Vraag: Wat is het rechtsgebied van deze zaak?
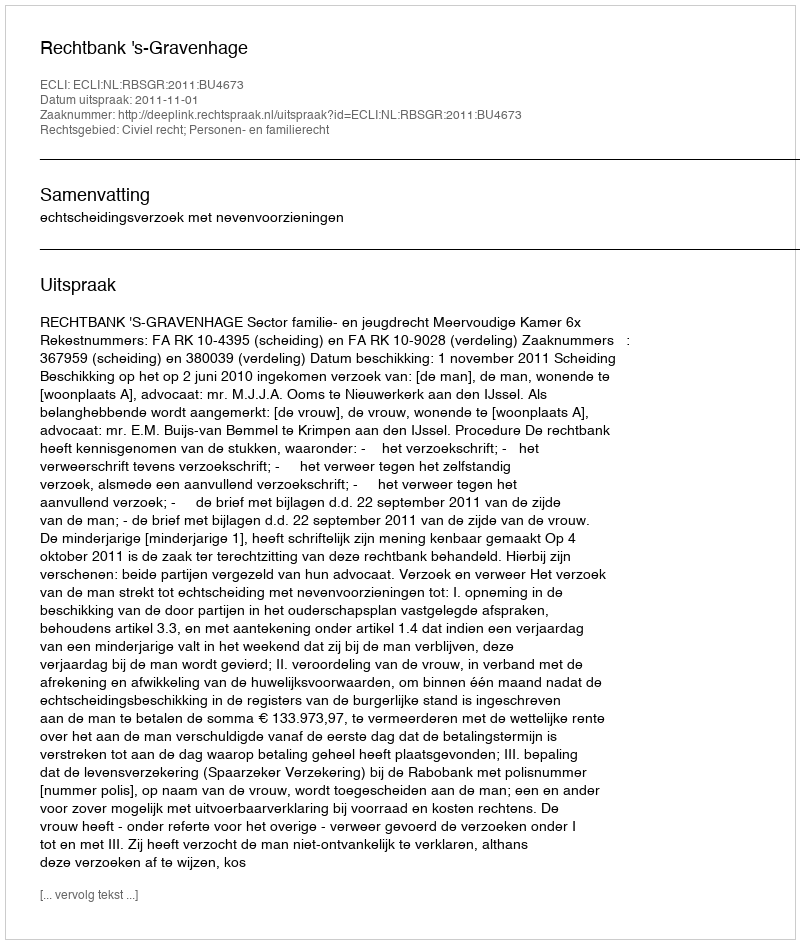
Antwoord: Civiel recht; Personen- en familierecht